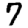
Digit: 7